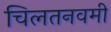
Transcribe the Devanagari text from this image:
चिलतनवमी